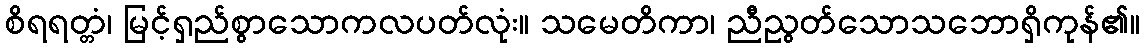
စိရရတ္တံ၊ မြင့်ရှည်စွာသောကလပတ်လုံး။ သမေတိကာ၊ ညီညွတ်သောသဘောရှိကုန်၏။